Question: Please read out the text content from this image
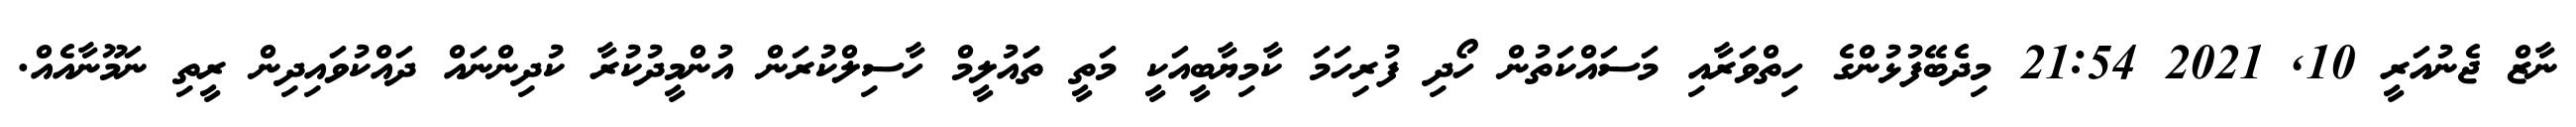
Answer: ނާޒް ޖެނުއަރީ 10, 2021 21:54 މިދެބޭފުޅުންގެ ހިތްވަރާއި މަސައްކަތުން ހޯދި ފުރިހަމަ ކާމިޔާބީއަކީ މަތީ ތަައުލީމް ހާސިލްކުރަން އުންމީދުކުރާ ކުދިންނައް ދައްކުވައިދިން ރީތި ނަމޫނާއެއް.